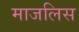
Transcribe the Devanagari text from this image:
माजलिस